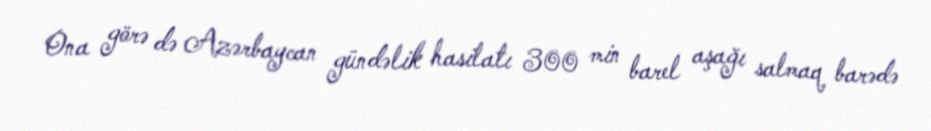
Ona görə də Azərbaycan gündəlik hasilatı 300 min barel aşağı salmaq barədə